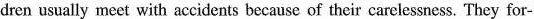
dren usually meet with accidents because of their carelessness. They for-